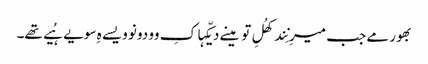
بھور مے جب میرِ نِند کھُلِ تو مینے دیکّہا کِ وو دونو ویسے ہِ سویے ہُیے تھے۔